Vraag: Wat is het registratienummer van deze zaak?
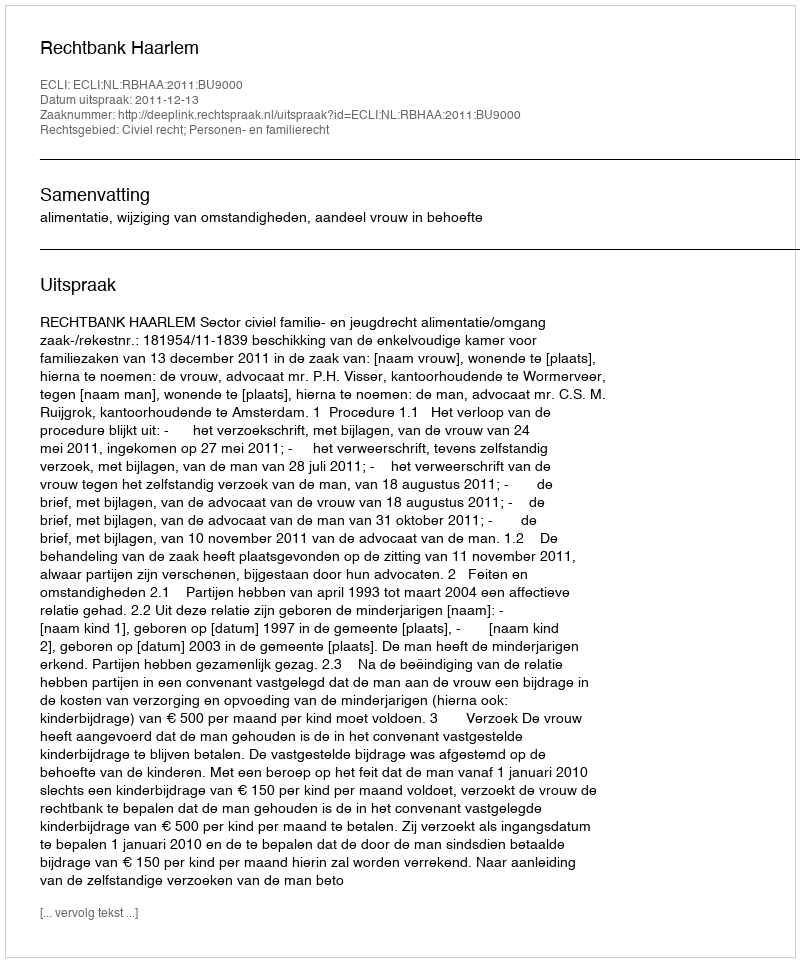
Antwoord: http://deeplink.rechtspraak.nl/uitspraak?id=ECLI:NL:RBHAA:2011:BU9000